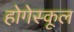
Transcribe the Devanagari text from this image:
होगेस्कूल